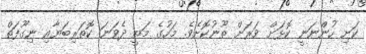
ކަށި ހުންނަނީ ކޮޅަށް ވަރަށް ތޫނުކޮށެވެ. މަހުގެ މަތީ ދެވަނަ ކޮތަރިބަޔާއި ނިގޫފަތް